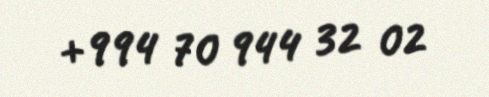
+994 70 944 32 02